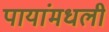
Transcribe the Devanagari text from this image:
पायांमधली